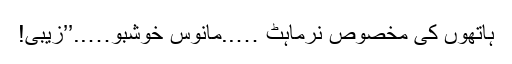
ہاتھوں کی مخصوص نرماہٹ …..مانوس خوشبو…..’’زیبی!